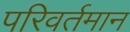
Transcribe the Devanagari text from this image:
परिवर्तमान